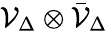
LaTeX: {\mathcal{V}}_{\Delta}\otimes{\bar{\mathcal{V}}}_{\Delta}